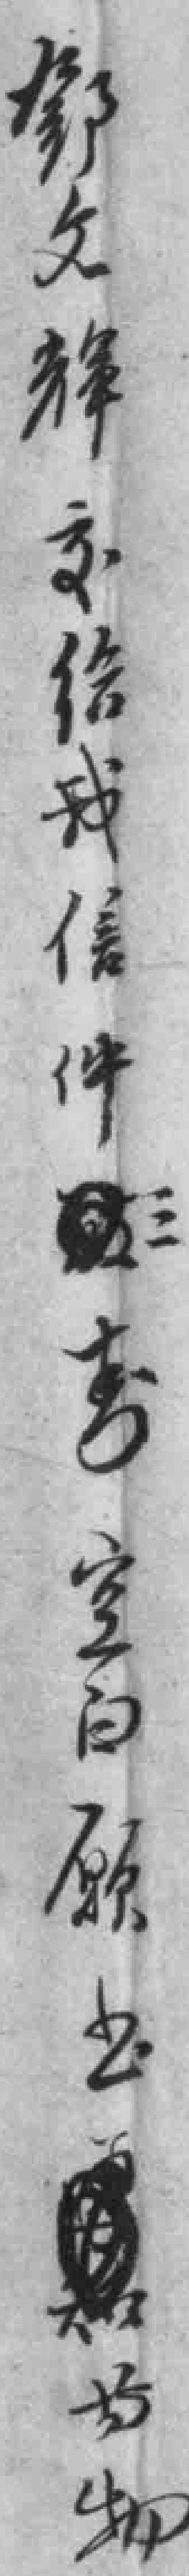
鄧文輝交给我信件*空白願*等物